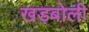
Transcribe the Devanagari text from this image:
खड़बोली